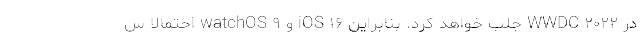
در WWDC ۲۰۲۲ جلب خواهد کرد. بنابراین iOS ۱۶ و watchOS ۹ احتمالا س